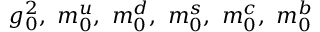
g _ { 0 } ^ { 2 } , \ m _ { 0 } ^ { u } , \ m _ { 0 } ^ { d } , \ m _ { 0 } ^ { s } , \ m _ { 0 } ^ { c } , \ m _ { 0 } ^ { b }